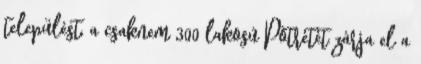
települést, a csaknem 300 lakosú Pötrétét zárja el a